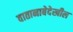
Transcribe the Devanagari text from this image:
वातानाबेदेखील